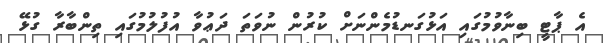
އެ ޕާޓީ ބިނާވުމުގައި އަޅުގަނޑުމެންނަށް ކުރުން ނުވަތަ ދަޢުވާ އުފުލުމުގައި ތިންބާރާ ގުޅޭ